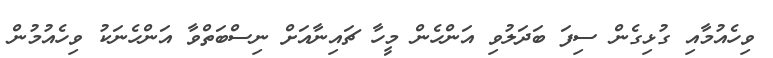
ވިހެއުމާއި ގުޅިގެން ސިފަ ބަދަލުވި އަންހެން މީހާ ޗައިނާއަށް ނިސްބަތްވާ އަންހެނަކު ވިހެއުމުން